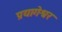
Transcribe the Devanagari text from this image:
प्रयागेश्वर